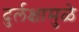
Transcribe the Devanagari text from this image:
दुर्लक्षामुळे